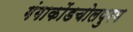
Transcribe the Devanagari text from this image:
गंगाकोंडचोलपुरम